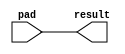
module lpm_inpad (
    pad,
    result
);

// GLOBAL PARAMETER DECLARATION
    parameter lpm_width = 1;
    parameter lpm_type = "lpm_inpad";
    parameter lpm_hint = "UNUSED";

// INPUT PORT DECLARATION
    input  [lpm_width-1:0] pad;

// OUTPUT PORT DECLARATION
    output [lpm_width-1:0] result;

// INTERNAL REGISTER/SIGNAL DECLARATION
    reg    [lpm_width-1:0] result;

// INITIAL CONSTRUCT BLOCK
    initial
    begin
        if (lpm_width <= 0)
        begin
            $display("Value of lpm_width parameter must be greater than 0(ERROR)");
            $display("Time: %0t  Instance: %m", $time);
            $finish;
        end
    end

// ALWAYS CONSTRUCT BLOCK
    always @(pad)
    begin
        result = pad;
    end

endmodule